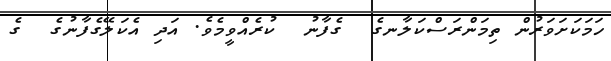
ހަމަކަށަވަރުން ތިމަންރަސްކަލާނގެ  ގެފާނު  ކުރެއްވީމެވެ. އަދި އެކަލޭގެފާނުގެ  ގެ